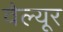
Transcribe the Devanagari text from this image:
वैल्यूर